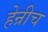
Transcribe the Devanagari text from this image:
हेन्रीच